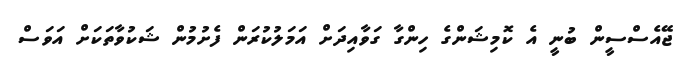
ޖޭއެސްސީން ބުނީ އެ ކޮމިޝަންގެ ހިންގާ ގަވާއިދަށް އަމަލުކުރަން ފެށުމުން ޝަކުވާތަކަށް އަވަސް